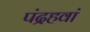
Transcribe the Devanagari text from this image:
पंद्रहवां